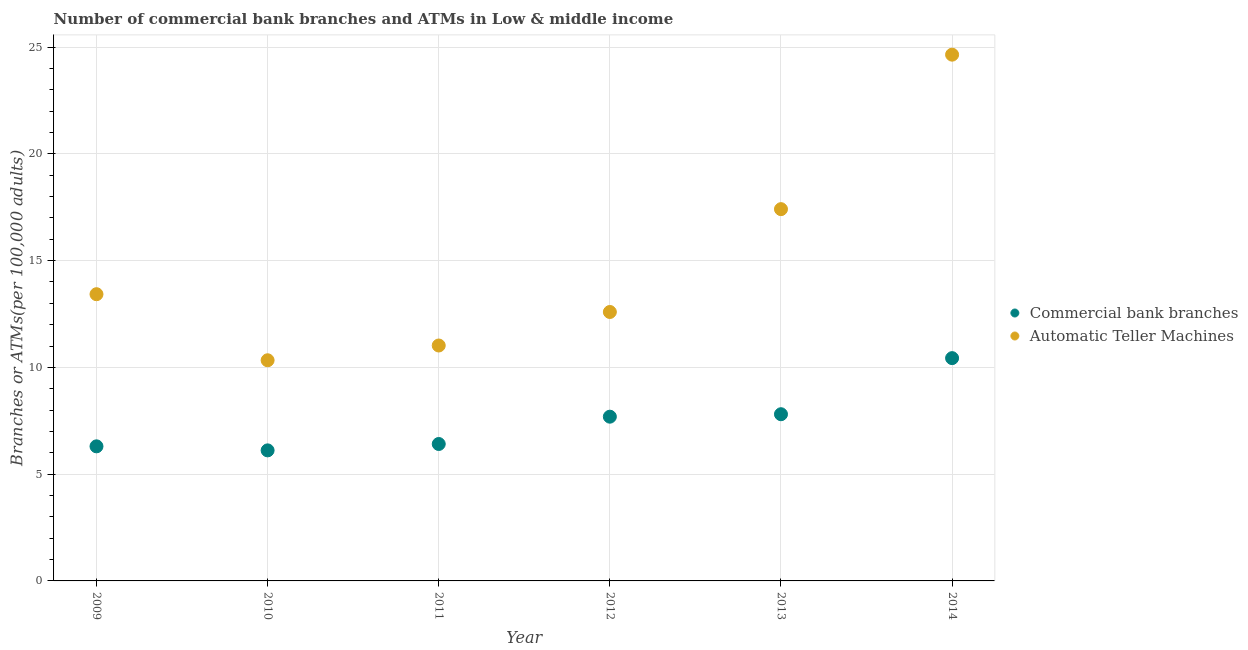
| Year | Commercial bank branches | Automatic Teller Machines |
 | --- | --- | --- |
 | 2009 | 6.3 | 13.4 |
 | 2010 | 6.11 | 10.3 |
 | 2011 | 6.41 | 11 |
 | 2012 | 7.69 | 12.6 |
 | 2013 | 7.81 | 17.4 |
 | 2014 | 10.4 | 24.6 |